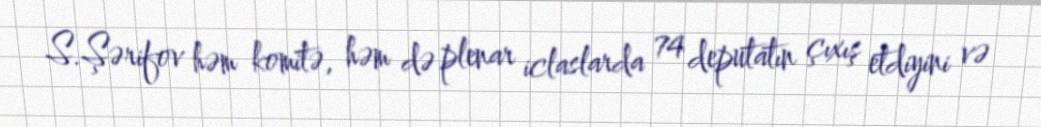
S.Şərifov həm komitə, həm də plenar iclaslarda 74 deputatın çıxış etdiyini və